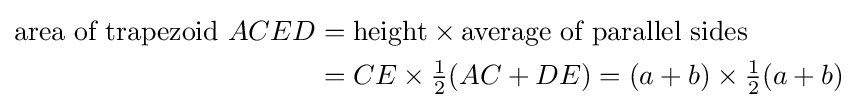
{\begin{aligned}{\text{area of trapezoid }}ACED&={\text{height}}\times {\text{average of parallel sides}}\\&=CE\times {\tfrac {1}{2}}(AC+DE)=(a+b)\times {\tfrac {1}{2}}(a+b)\end{aligned}}